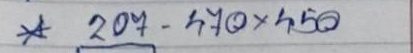
* 207 - 470 x 450